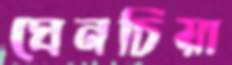
ঘেনচিয়া